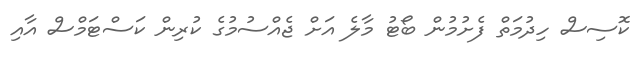
ކޮސިސް ހިދުމަތް ފެށުމުން ބޯޓު މާލެ އަށް ޖެއްސުމުގެ ކުރިން ކަސްޓަމްސް އާއި